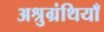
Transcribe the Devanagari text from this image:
अश्रुग्रंथियाँ